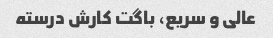
عالی و سریع، باگت کارش درسته